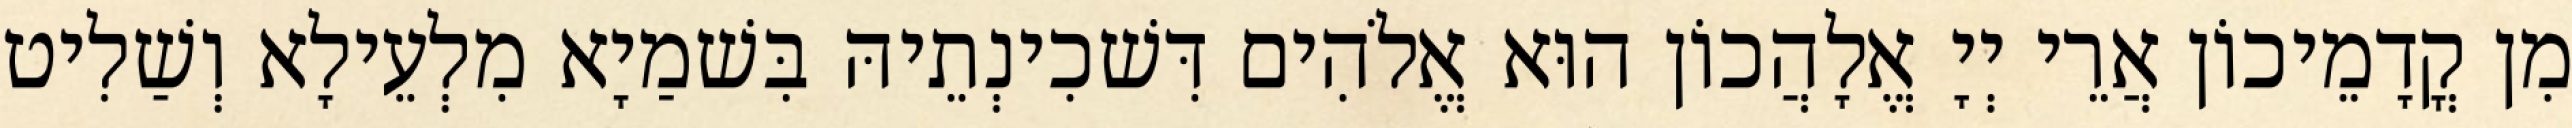
מִן קֳדָמֵיכוֹן אֲרֵי יְיָ אֱלָהֲכוֹן הוּא אֱלֹהִים דִּשׁכִינְתֵיהּ בִּשׁמַיָא מִלְעֵילָא וְשַׁלִיט